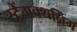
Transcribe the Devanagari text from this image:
स्ट्रेंगक्थनिंग